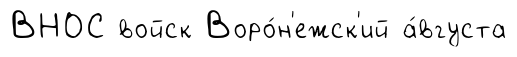
ВНОС войск Воро́н'ежск'ий а́вгуста